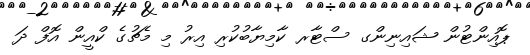
ޕޮއިންޓުން ޝައިނިންގ ސްޓާރ ކާމިޔާބުކުރި އިރު މި މެޗުގެ ކްއީން އޮފް ދަ